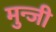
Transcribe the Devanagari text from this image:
मुन्जी